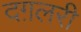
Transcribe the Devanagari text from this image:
दग़लरी